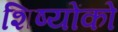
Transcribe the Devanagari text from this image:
शिष्योंको